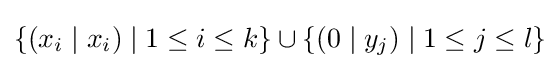
\{(x_{i}\mid x_{i})\mid 1\leq i\leq k\}\cup \{(0\mid y_{j})\mid 1\leq j\leq l\}